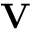
\textbf { \textrm { V } }